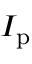
I _ { \mathrm { p } }